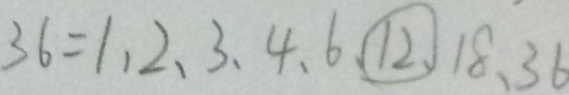
3 6 = 1 、 2 、 3 、 4 、 6 、 \textcircled { 1 2 } 、 1 8 、 3 6